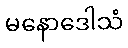
မနောဒေါသံ